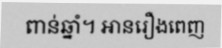
ពាន់ឆ្នាំ។ អានរឿងពេញ